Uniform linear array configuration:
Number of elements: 4
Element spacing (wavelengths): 1
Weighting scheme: kaiser
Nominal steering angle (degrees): -15
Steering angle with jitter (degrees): -14.621
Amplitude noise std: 0.05
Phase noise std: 0.05

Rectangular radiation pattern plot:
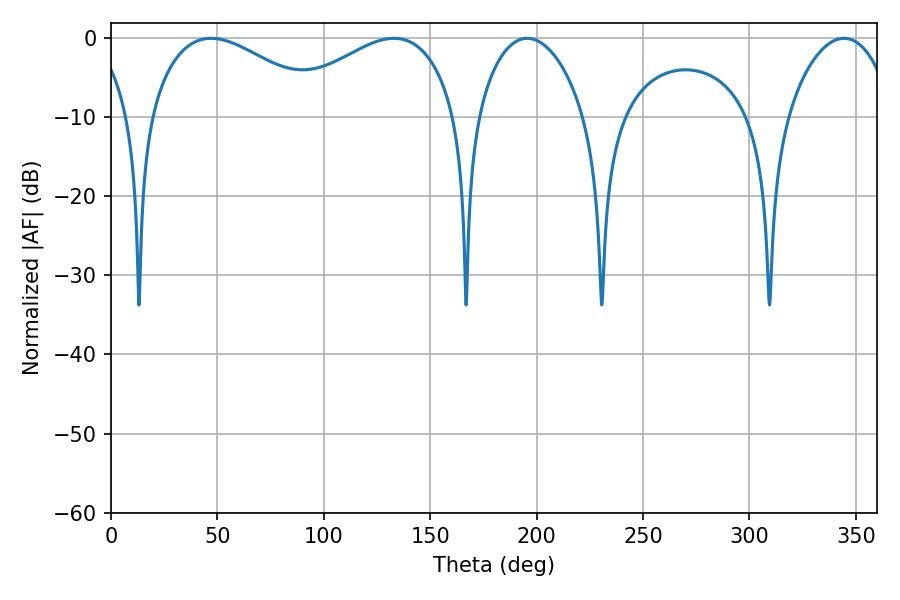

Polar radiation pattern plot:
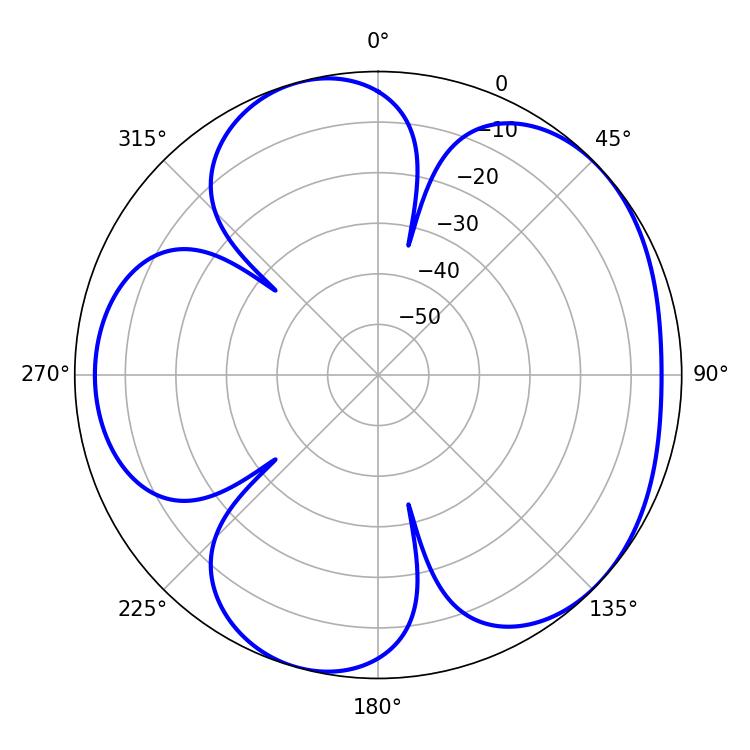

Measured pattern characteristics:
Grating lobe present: TRUE
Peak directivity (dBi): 4.816
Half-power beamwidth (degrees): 45.9
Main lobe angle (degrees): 46.98